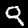
Label: 9